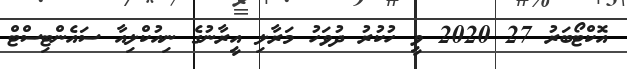
އޮކްޓޯބަރު 27 2020 ވީ ހުކުރު ދުވަހު މަރާލި އީރާނުގެ ނިއުކްލިއާ ސައެންޓިސްޓް